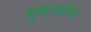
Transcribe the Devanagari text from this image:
धुळवडीचे